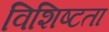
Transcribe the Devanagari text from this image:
विशिष्‍टता